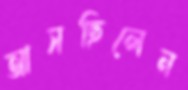
আসছিলেন